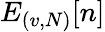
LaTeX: E_{(v,N)}[n]